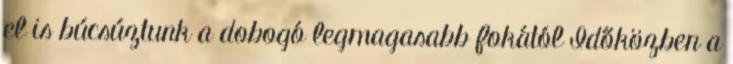
el is búcsúztunk a dobogó legmagasabb fokától Időközben a